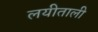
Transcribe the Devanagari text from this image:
लयीताली